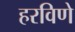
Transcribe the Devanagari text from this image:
हरविणे